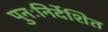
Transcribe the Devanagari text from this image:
पुनःनिर्देशित